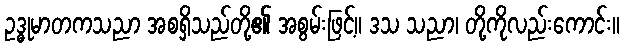
ဥဒ္ဓုမာတကသညာ အစရှိသည်တို့၏ အစွမ်းဖြင့်။ ဒသ သညာ၊ တို့ကိုလည်းကောင်း။